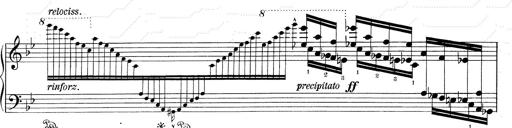
Title: RÃ©miniscences de Don Juan
Composer: Franz Liszt